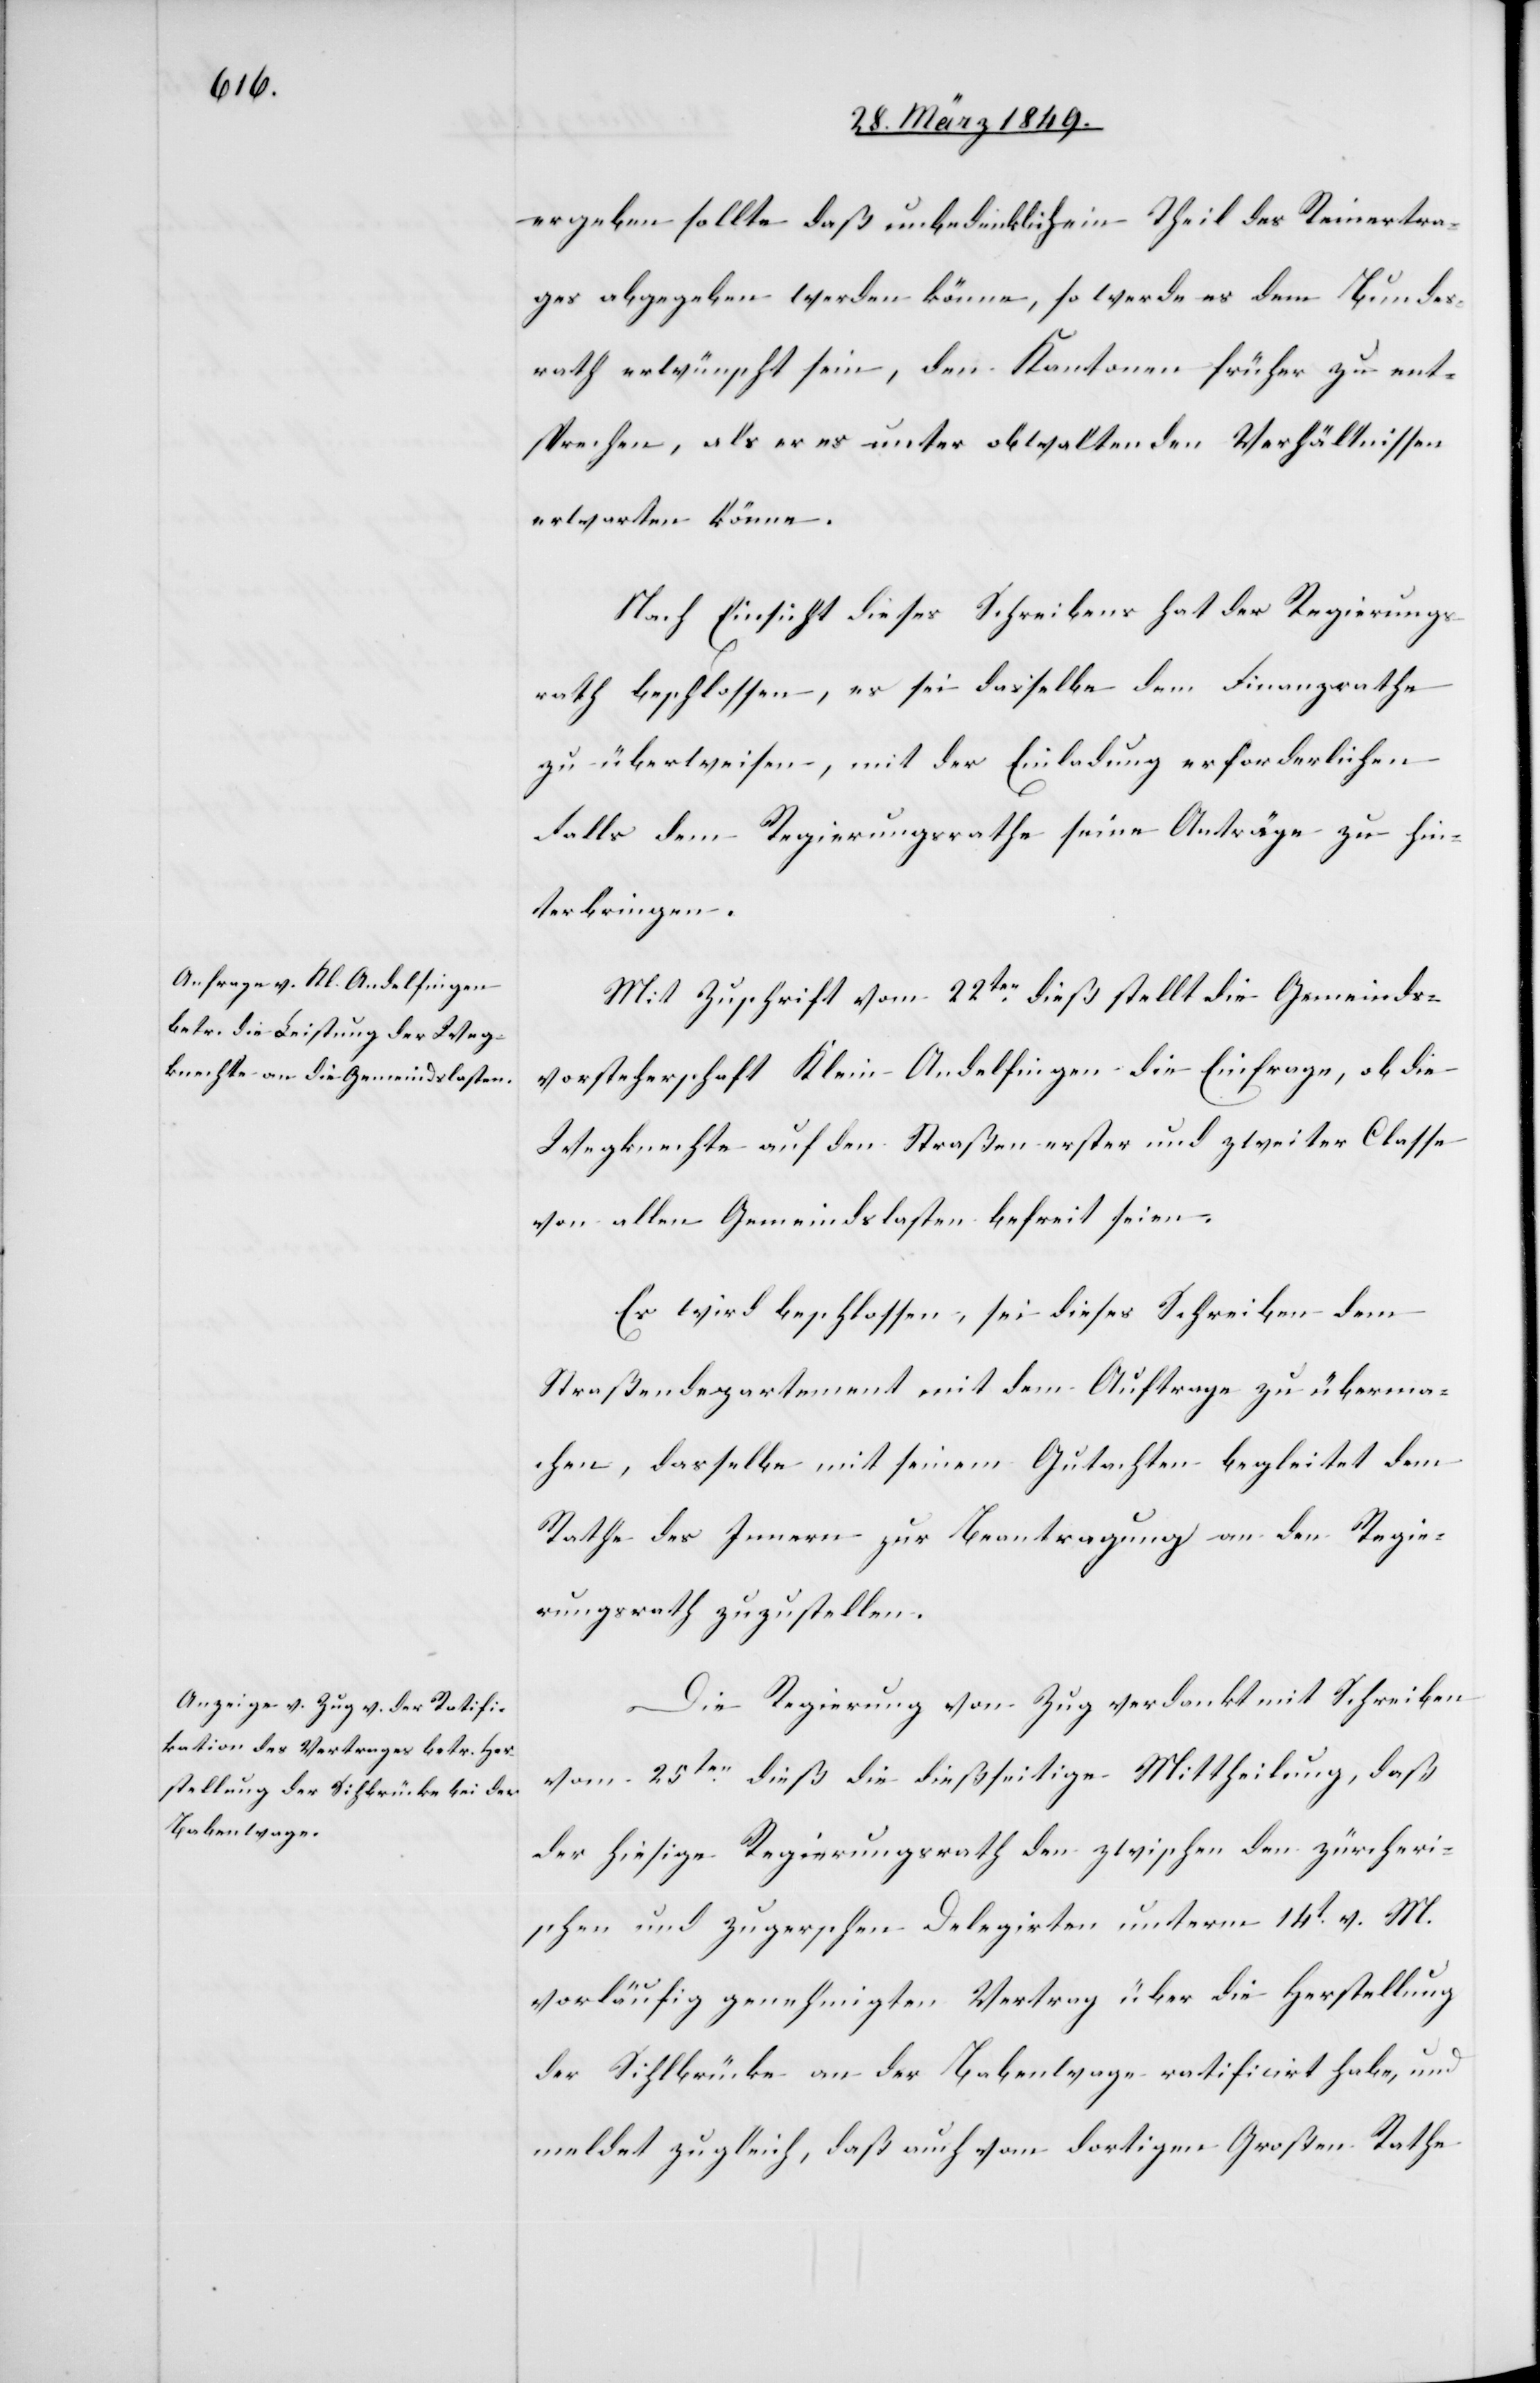
ergeben sollte daß unbedenklich ein Theil des Reinertra¬
ges abgegeben werden könne, so werde es dem Bundes¬
rath erwünscht sein, den Kantonen früher zu ent¬
sprechen, als er es unter obwaltenden Verhältnissen
erwarten könne.
Nach Einsicht dieses Schreibens hat der Regierungs¬
rath beschlossen, es sei dasselbe dem Finanzrathe
zu überweisen, mit der Einladung erforderlichen
Falls dem Regierungsrathe seine Anträge zu hin¬
terbringen.
Mit Zuschrift vom 22ten. dieß stellt die Gemeinds¬
vorsteherschaft Klein-Andelfingen die Einfrage, ob die
Wegknechte auf den Straßen erster und zweiter Classe
von allen Gemeindslasten befreit seien.
Es wird beschlossen, sei dieses Schreiben dem
Straßendepartement mit dem Auftrage zu überma¬
chen, dasselbe mit seinem Gutachten begleitet dem
Rathe des Innern zur Beantragung an den Regie¬
rungsrath zuzustellen.
Die Regierung von Zug verdankt mit Schreiben
vom 25ten. dieß die dießseitige Mittheilung, daß
der hiesige Regierungsrath den zwischen den zürcheri¬
schen und zugerschen Delegirten unterm 14t. v. M.
vorläufig genehmigten Vertrag über die Herstellung
der Sihlbrücke an der Babenwage ratificirt habe, und
meldet zugleich, daß auch vom dortigen Großen Rathe